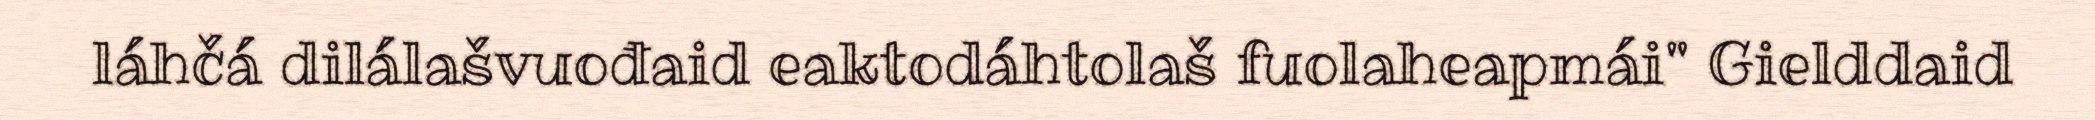
láhčá dilálašvuođaid eaktodáhtolaš fuolaheapmái" Gielddaid